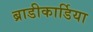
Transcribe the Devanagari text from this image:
ब्राडीकार्डिया